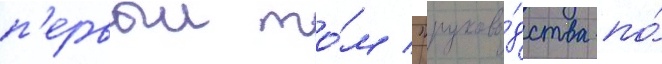
п'ервыи то́м "руково́дства по́